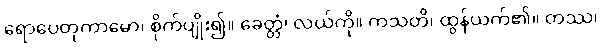
ရောပေတုကာမော၊ စိုက်ပျိုး၍။ ခေတ္တံ၊ လယ်ကို။ ကသတိ၊ ထွန်ယက်၏။ တဿ၊